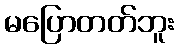
မပြောတတ်ဘူး